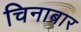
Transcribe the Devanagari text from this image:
चिनाबार